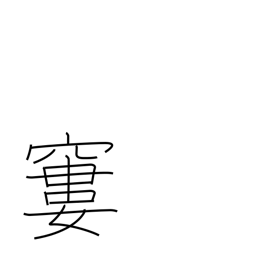
Meaning: emaciated